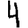
Digit: 4